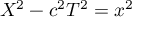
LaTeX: X ^ { 2 } - c ^ { 2 } T ^ { 2 } = x ^ { 2 }